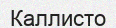
Каллисто